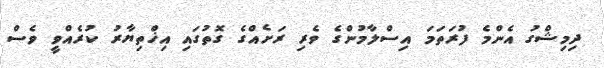
ދިމިޝްގު އެންމެ ފުރަތަމަ އިސްލާމުންގެ ވެރި ރަށެއްގެ ގޮތުގައި އިޚްތިޔާރު ކުރެއްވީ ވެސް